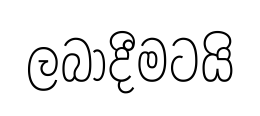
ලබාදීමටයි